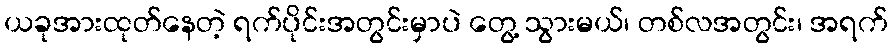
ယခုအားထုတ်နေတဲ့ ရက်ပိုင်းအတွင်းမှာပဲ တွေ့ သွားမယ်၊ တစ်လအတွင်း၊ အရက်